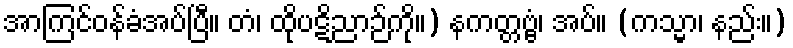
အာကြင်ဝန်ခံအပ်ပြီ။ တံ၊ ထိုပဋိညာဉ်ကို။) နကတ္တဗ္ဗံ၊ အပ်။ (ကသ္မာ၊ နည်း။)